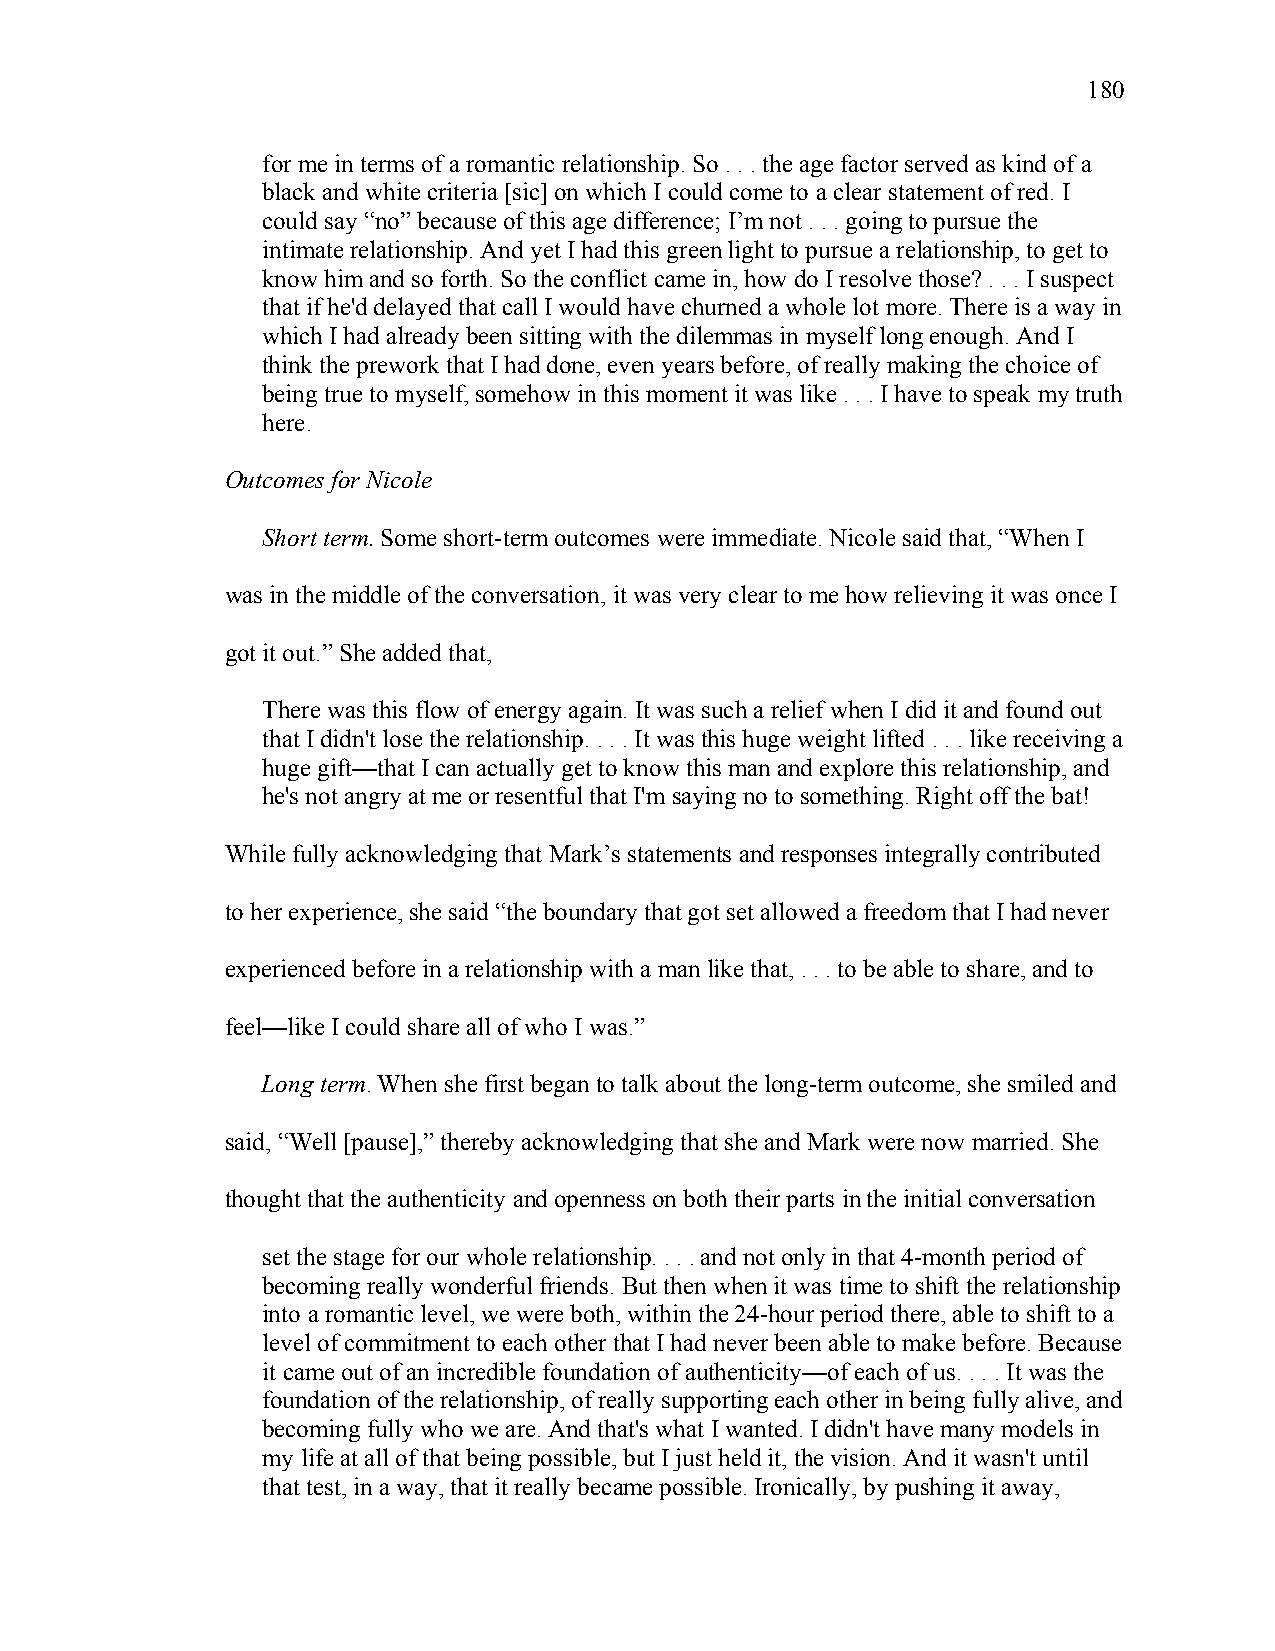
180
 for me in terms of a romantic relationship. So . . . the age factor served as kind of a
 black and white criteria [sic] on which I could come to a clear statement of red. I
 could say “no” because of this age difference; I’m not . . . going to pursue the
 intimate relationship. And yet I had this green light to pursue a relationship, to get to
 know him and so forth. So the conflict came in, how do I resolve those? . . . I suspect
 that if he'd delayed that call I would have churned a whole lot more. There is a way in
 which I had already been sitting with the dilemmas in myself long enough. And I
 think the prework that I had done, even years before, of really making the choice of
 being true to myself, somehow in this moment it was like . . . I have to speak my truth
 here.
 Outcomes for Nicole
 Short term. Some short-term outcomes were immediate. Nicole said that, “When I
 was in the middle of the conversation, it was very clear to me how relieving it was once I
 got it out.” She added that,
 There was this flow of energy again. It was such a relief when I did it and found out
 that I didn't lose the relationship. . . . It was this huge weight lifted . . . like receiving a
 huge gift—that I can actually get to know this man and explore this relationship, and
 he's not angry at me or resentful that I'm saying no to something. Right off the bat!
 While fully acknowledging that Mark’s statements and responses integrally contributed
 to her experience, she said “the boundary that got set allowed a freedom that I had never
 experienced before in a relationship with a man like that, . . . to be able to share, and to
 feel—like I could share all of who I was.”
 Long term. When she first began to talk about the long-term outcome, she smiled and
 said, “Well [pause],” thereby acknowledging that she and Mark were now married. She
 thought that the authenticity and openness on both their parts in the initial conversation
 set the stage for our whole relationship. . . . and not only in that 4-month period of
 becoming really wonderful friends. But then when it was time to shift the relationship
 into a romantic level, we were both, within the 24-hour period there, able to shift to a
 level of commitment to each other that I had never been able to make before. Because
 it came out of an incredible foundation of authenticity—of each of us. . . . It was the
 foundation of the relationship, of really supporting each other in being fully alive, and
 becoming fully who we are. And that's what I wanted. I didn't have many models in
 my life at all of that being possible, but I just held it, the vision. And it wasn't until
 that test, in a way, that it really became possible. Ironically, by pushing it away,